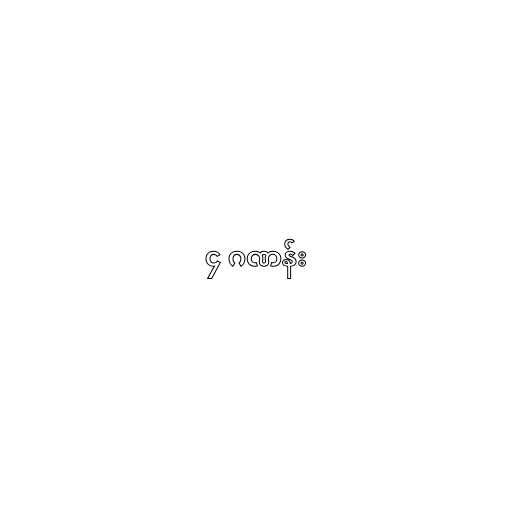
၄ ဂဏန်း